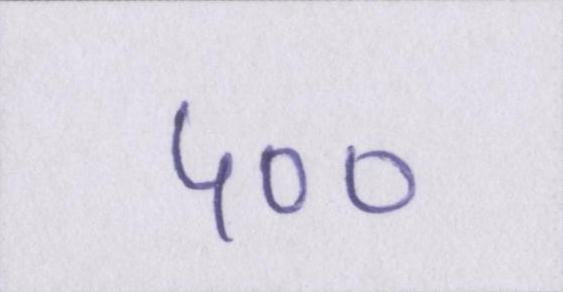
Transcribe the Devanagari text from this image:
५००